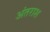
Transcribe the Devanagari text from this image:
अंतराश